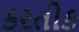
કરતોક